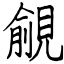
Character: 覦